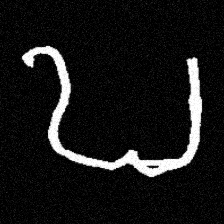
Pyu character \u2014 Myanmar letter: ဎ (romanized: ddha)